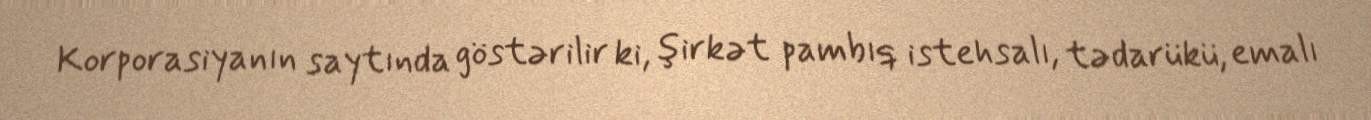
Korporasiyanın saytında göstərilir ki, şirkət pambıq istehsalı, tədarükü, emalı